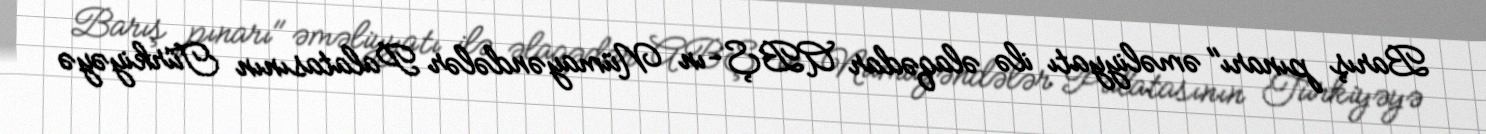
Barış pınarı" əməliyyatı ilə əlaqədar ABŞ-ın Nümayəndələr Palatasının Türkiyəyə